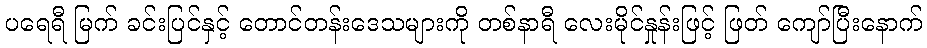
ပရေရီ မြက် ခင်းပြင်နှင့် တောင်တန်းဒေသများကို တစ်နာရီ လေးမိုင်နှုန်းဖြင့် ဖြတ် ကျော်ပြီးနောက်